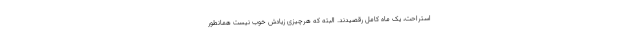
استراحت، یک ماه کامل رقصیدند. البته که هرچیزی زیادش خوب نیست همانطور